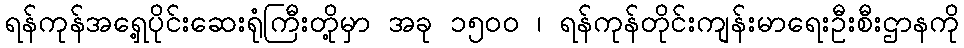
ရန်ကုန်အရှေ့ပိုင်းဆေးရုံကြီးတို့မှာ အခု ၁၅၀၀ ၊ ရန်ကုန်တိုင်းကျန်းမာရေးဦးစီးဌာနကို